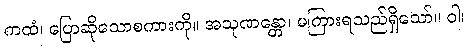
ကထံ၊ ပြောဆိုသောစကားကို။ အသုဏန္တော၊ မကြားရသည်ရှိသော်။ ဝါ၊